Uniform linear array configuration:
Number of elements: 12
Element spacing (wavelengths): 0.25
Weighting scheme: hamming
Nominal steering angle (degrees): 0
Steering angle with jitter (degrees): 0.5677
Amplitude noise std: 0.05
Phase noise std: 0.05

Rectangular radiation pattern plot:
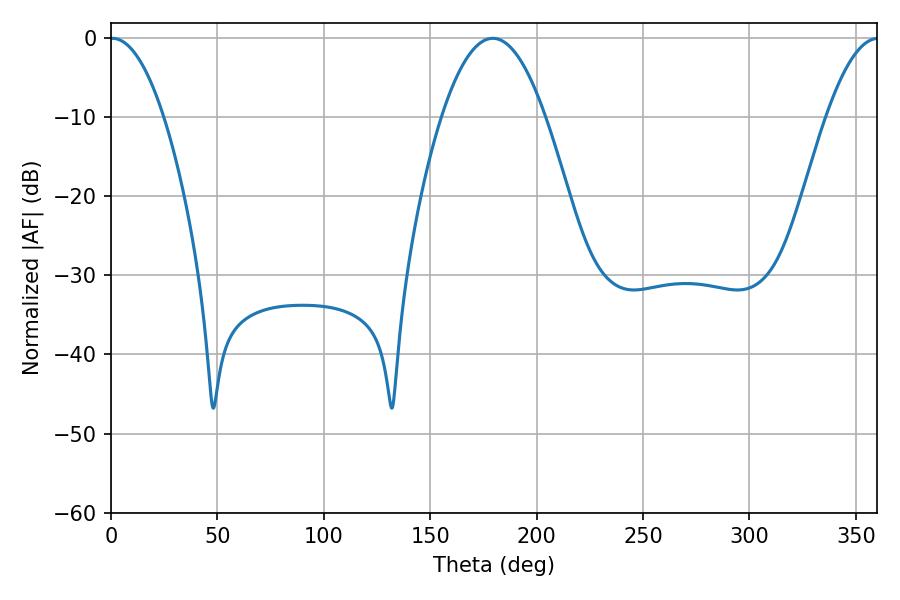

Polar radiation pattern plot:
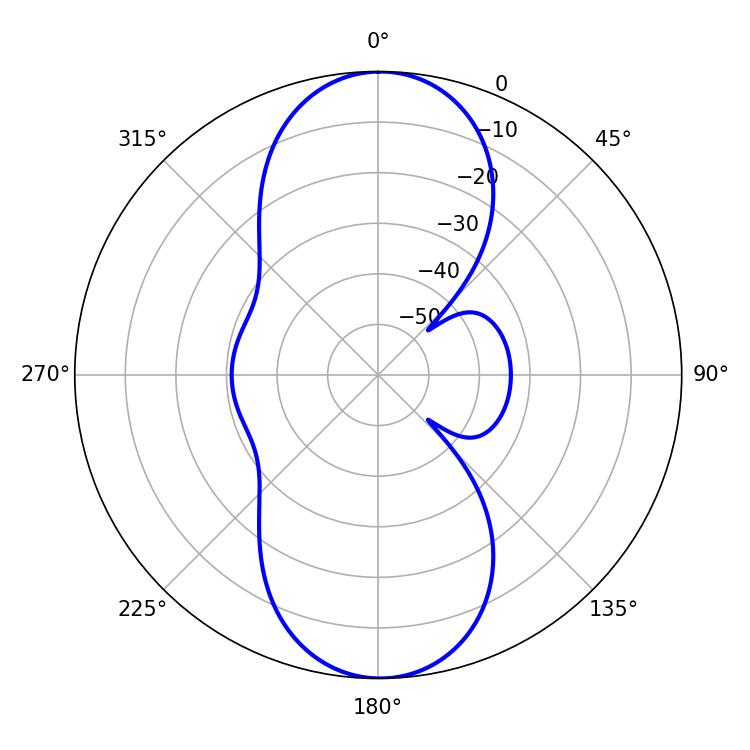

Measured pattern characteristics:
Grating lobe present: FALSE
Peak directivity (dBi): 25.907
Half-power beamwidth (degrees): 13.86
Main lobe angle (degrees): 0.54